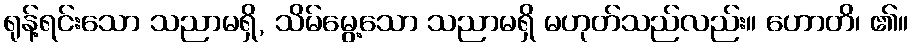
ရုန့်ရင်းသော သညာမရှိ, သိမ်မွေ့သော သညာမရှိ မဟုတ်သည်လည်း။ ဟောတိ၊ ၏။